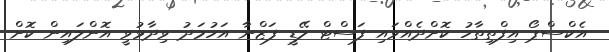
އެކްސްޕޯ އިފްތިތާހު ކޮށްދެއްވައި ފަސްޓް ލޭޑީ ފަޒްނާ އަހުމަދު ވިދާޅުވީ އޮންލައިން ކޮށް